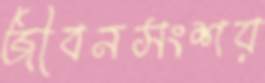
জীবনসংশয়